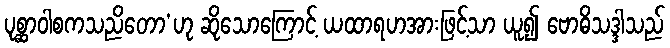
ပုစ္ဆာဝါစကသညိတော’ဟု ဆိုသောကြောင့် ယထာရဟအားဖြင့်သာ ယူ၍ ဗောဓိသဒ္ဒါသည်